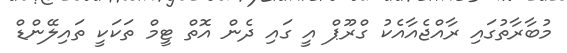
މުބާރާތުގައި ރާއްޖެއާއެކު ގްރޫޕް އީ ގައި ދެން އޮތް ޓީމް ތަކަކީ ތައިލޭންޑް